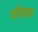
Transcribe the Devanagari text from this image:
पंडितच्या